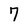
Character: 7